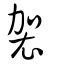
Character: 袈